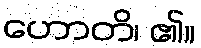
ဟောတိ၊ ၏။